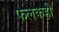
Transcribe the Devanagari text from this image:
फलकही